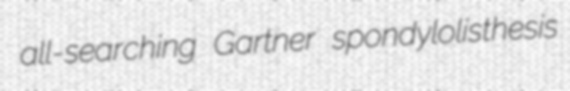
all-searching Gartner spondylolisthesis